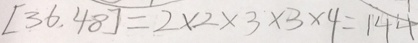
[ 3 6 , 4 8 ] = 2 \times 2 \times 3 \times 3 \times 4 = 1 4 4